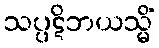
သပ္ပဋိဘယသ္မိံ